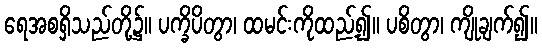
ရေအစရှိသည်တို့၌။ ပက္ခိပိတွာ၊ ထမင်းကိုထည့်၍။ ပစိတွာ၊ ကျိုချက်၍။